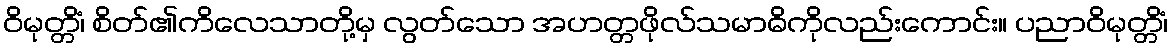
ဝိမုတ္တိံ၊ စိတ်၏ကိလေသာတို့မှ လွတ်သော အဟတ္တဖိုလ်သမာဓိကိုလည်းကောင်း။ ပညာဝိမုတ္တိံ၊